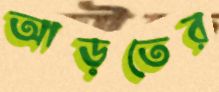
আড়তের